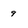
Character: 9